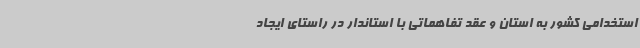
استخدامی کشور به استان و عقد تفاهماتی با استاندار در راستای ایجاد